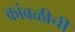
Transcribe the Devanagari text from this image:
कांबळीची